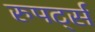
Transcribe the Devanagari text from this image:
रुपर्ट्स